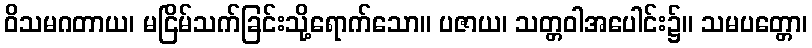
ဝိသမဂတာယ၊ မငြိမ်သက်ခြင်းသို့ရောက်သော။ ပဇာယ၊ သတ္တဝါအပေါင်း၌။ သမပတ္တော၊